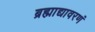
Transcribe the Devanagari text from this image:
ब्रह्माद्यावरणं